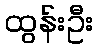
ထွန်းဦး